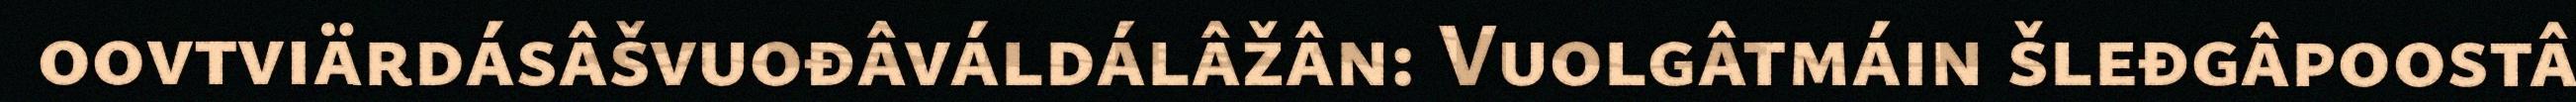
oovtviärdásâšvuođâváldálâžân: Vuolgâtmáin šleđgâpoostâ